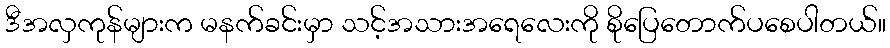
ဒီအလှကုန်များက မနက်ခင်းမှာ သင့်အသားအရေလေးကို စိုပြေတောက်ပစေပါတယ်။